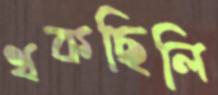
থকছিলি